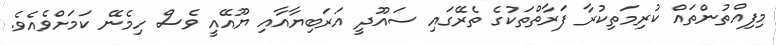
މިފިއްތުންތައް ކުރިމަތިކުރާ ފަރާތްތަކުގެ ތެރޭގައި ސައޫދީ އަރަބިޔާއާއި ޔޫއޭއީ ވެސް ހިމެނޭ ކަމަށްވެއެވެ.